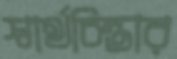
স্বার্থচিন্তার